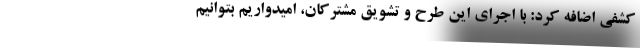
کشفی اضافه کرد: با اجرای این طرح و تشویق مشترکان، امیدواریم بتوانیم